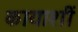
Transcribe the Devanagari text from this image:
कायाशीं